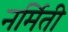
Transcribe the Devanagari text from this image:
नर्मिती